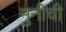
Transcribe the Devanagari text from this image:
मुनीची